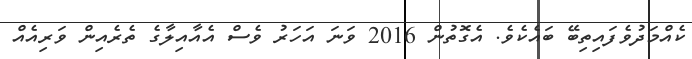
ކެއްމަދުވެފައިތިބޭ ބައެކެވެ. އެގޮތުން 2016 ވަނަ އަހަރު ވެސް އެއާއިލާގެ ތެރެއިން ވަރިއެއް